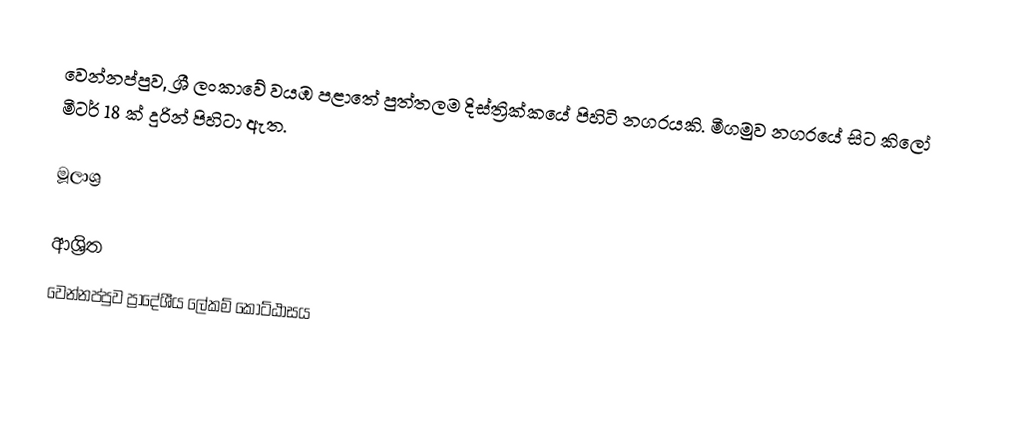
වෙන්නප්පුව, ශ්‍රී ලංකාවේ වයඹ පළාතේ පුත්තලම දිස්ත්‍රික්කයේ පිහිටි නගරයකි. මීගමුව නගරයේ සිට කිලෝ මීටර් 18 ක් දුරින් පිහිටා ඇත.

මූලාශ්‍ර

ආශ්‍රිත
 වෙන්නප්පුව ප්‍රාදේශීය ලේකම් කොට්ඨාසය